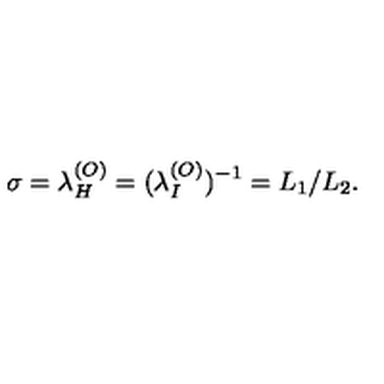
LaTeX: \sigma = \lambda _ { H } ^ { ( O ) } = ( \lambda _ { I } ^ { ( O ) } ) ^ { - 1 } = L _ { 1 } / L _ { 2 } .